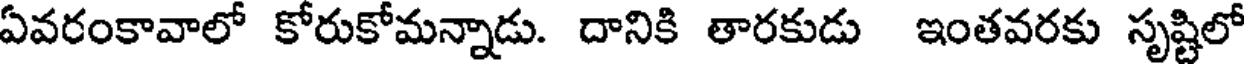
ఏవరంకావాలో కోరుకోమన్నాడు. దానికి తారకుడు ఇంతవరకు సృష్టిలో